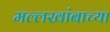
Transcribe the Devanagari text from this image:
मल्लखांबाच्या